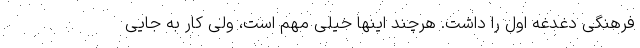
فرهنگی دغدغه اول را داشت. هرچند اینها خیلی مهم است، ولی کار به جایی